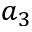
a _ { 3 }